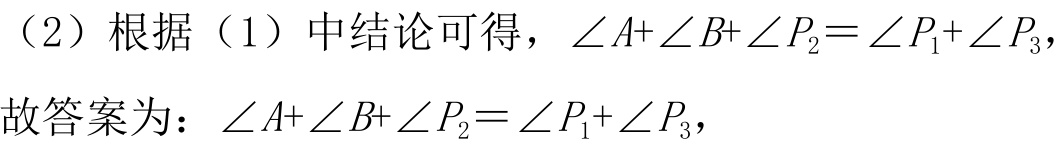
（2）根据（1）中结论可得，\(\angle A+\angle B+\angle P_{2}=\angle P_{1}+\angle P_{3}\)，
故答案为：\(\angle A+\angle B+\angle P_{2}=\angle P_{1}+\angle P_{3}\)，